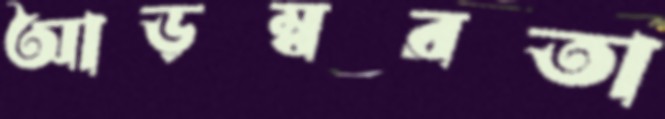
আড়ম্বরতা